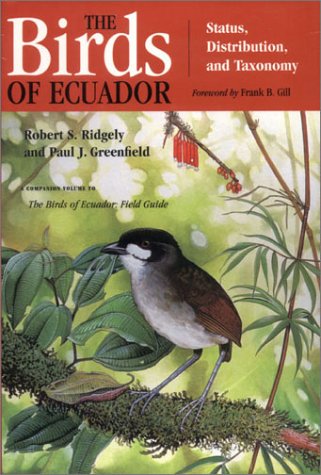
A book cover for The Birds of Ecuador, Vol. 1: Status, Distribution, and Taxonomy; Robert S. Ridgely; Travel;